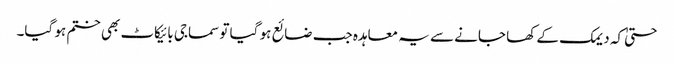
حتیٰ کہ دیمک کے کھا جانے سے یہ معاہدہ جب ضائع ہو گیا تو سماجی بائیکاٹ بھی ختم ہو گیا۔